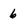
Character: 6